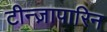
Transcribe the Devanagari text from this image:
टीन्ज़ापारिन